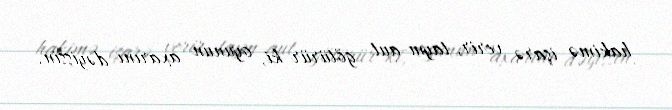
hakimə işarə verir, taym-aut götürür ki, oyunun axarını dəyişsin.